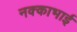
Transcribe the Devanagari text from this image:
नक्काभाई